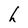
Character: h